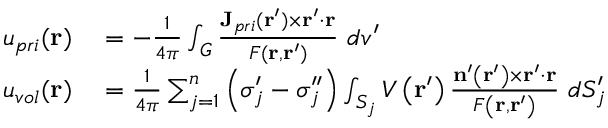
\begin{array} { r l } { u _ { p r i } ( \mathbf { r } ) } & { { } = - \frac { 1 } { 4 \pi } \int _ { G } \frac { \mathbf { J } _ { p r i } ( \mathbf { r } ^ { \prime } ) \times \mathbf { r } ^ { \prime } \cdot \mathbf { r } } { F ( \mathbf { r } , \mathbf { r } ^ { \prime } ) } \ d v ^ { \prime } } \\ { u _ { v o l } ( \mathbf { r } ) } & { { } = \frac { 1 } { 4 \pi } \sum _ { j = 1 } ^ { n } \left( \sigma _ { j } ^ { \prime } - \sigma _ { j } ^ { \prime \prime } \right) \int _ { S _ { j } } V \left( \mathbf { r } ^ { \prime } \right) \frac { \mathbf { n } ^ { \prime } \left( \mathbf { r } ^ { \prime } \right) \times \mathbf { r } ^ { \prime } \cdot \mathbf { r } } { F \left( \mathbf { r } , \mathbf { r } ^ { \prime } \right) } \ d S _ { j } ^ { \prime } } \end{array}